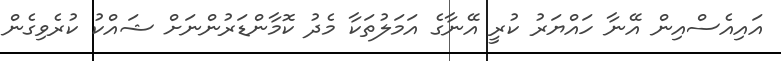
އައިއެސްއިން އޭނާ ހައްޔަރު ކުރީ އޭނާގެ އަމަލުތަކާ މެދު ކޮމާންޑަރުންނަށް ޝައްކު ކުރެވިގެން